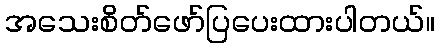
အသေးစိတ်ဖော်ပြပေးထားပါတယ်။